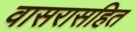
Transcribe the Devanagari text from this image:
वासरासहित